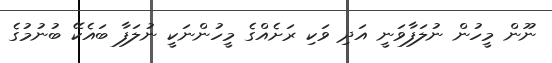
ނޫން މީހުން ނުލަފާވަނީ އަދި ވަކި ރަށެއްގެ މީހުންނަކީ ނުލަފާ ބައެކޭ ބުނުމުގެ